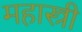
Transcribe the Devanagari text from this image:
महास्त्री